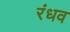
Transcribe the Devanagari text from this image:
रंधव